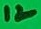
Text: 12